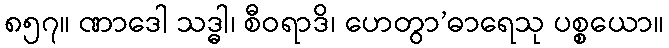
၈၅၇။ ဏာဒေါ သဒ္ဓါ၊ စီဝရာဒိ၊ ဟေတွာ’ဓာရေသု ပစ္စယော။